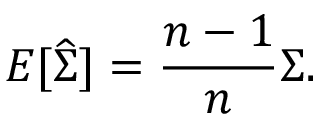
E [ { \widehat { \boldsymbol { \Sigma } } } ] = { \frac { n - 1 } { n } } { \boldsymbol { \Sigma } } .